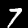
Label: 7